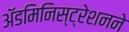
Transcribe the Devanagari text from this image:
ॲडमिनिस्ट्रेशनने